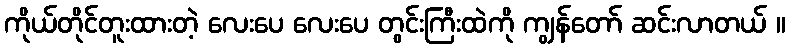
ကိုယ်တိုင်တူးထားတဲ့ လေးပေ လေးပေ တွင်းကြီးထဲကို ကျွန်တော် ဆင်းလာတယ် ။